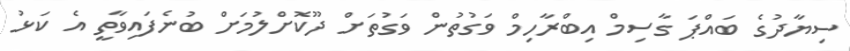
ސިޔާދުގެ ބައްޕަ ގާސިމް އިބްރާހިމް ވަގުތުން ވަގުތަށް ދޫކޮށްލުމަށް ބުނެފައިވާތީ އެ ކަޅު